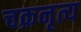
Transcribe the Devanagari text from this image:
चक्रनृत्य